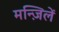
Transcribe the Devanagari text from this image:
मन्ज़िलें